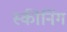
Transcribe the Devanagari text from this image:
स्कीनिंग